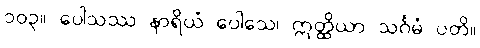
၁၀၃။ ပေါသဿ နာရိယံ ပေါသေ၊ ဣတ္ထိယာ သင်္ဂမံ ပတိ။